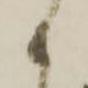
か